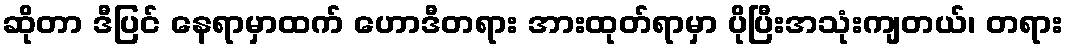
ဆိုတာ ဒီပြင် နေရာမှာထက် ဟောဒီတရား အားထုတ်ရာမှာ ပိုပြီးအသုံးကျတယ်၊ တရား